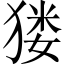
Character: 𤠋